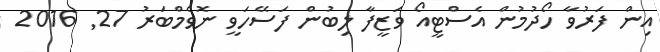
އިން ފަރުވާ ހޯދުމުން އެސްޓީއޯ ވަޒީފާ ލިބުން ފަސޭހަވީ ނޮވެމްބަރު 27